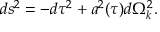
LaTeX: d s ^ { 2 } = - d \tau ^ { 2 } + a ^ { 2 } ( \tau ) d \Omega _ { k } ^ { 2 } .